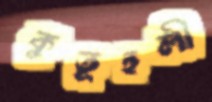
কুতূহলী